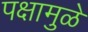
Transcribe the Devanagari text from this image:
पक्षामुळे